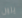
يزول